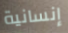
إنسانية